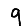
Digit: 9